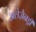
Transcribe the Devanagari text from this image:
अलेज़ैनड्रीं